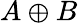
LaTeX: A\oplus B